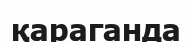
қараганда